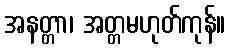
အနတ္တာ၊ အတ္တမဟုတ်ကုန်။